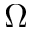
\Omega